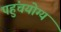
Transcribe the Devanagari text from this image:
पहुंचयोग्य